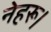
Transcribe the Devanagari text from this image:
नेहरू।